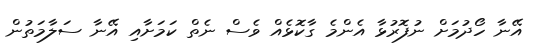
އޭނާ ހޯދުމަށް ނުފޮރުޅާ އެންމެ ގާކޮޅެއް ވެސް ނެތް ކަމަށާއި އޭނާ ސަލާމަތުން